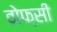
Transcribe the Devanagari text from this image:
वोफ्सी